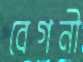
বেগনী